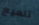
تلميع